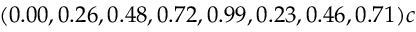
( 0 . 0 0 , 0 . 2 6 , 0 . 4 8 , 0 . 7 2 , 0 . 9 9 , 0 . 2 3 , 0 . 4 6 , 0 . 7 1 ) c